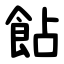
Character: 䬯